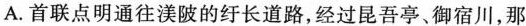
A.首联点明通往陂的纡长道路，经过昆吾亭、御宿川，那